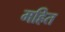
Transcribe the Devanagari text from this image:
महित